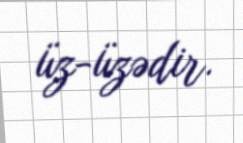
üz-üzədir.